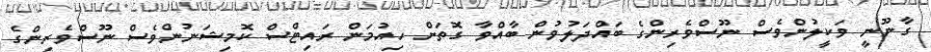
ގާނޫނީ ވަކީލުންވެސް ނޫސްވެރިންގެ ބައްދަލުވުން ބާއްވާ ގޮތަށް ހިއުމަން ރައިޓްސް ކޮމިޝަނުންވެސް ނޫސްވެރިންގެ